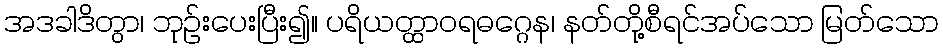
အဒခါဒိတွာ၊ ဘုဉ်းပေးပြီး၍။ ပရိယတ္ထာဝရဓဂ္ဂေန၊ နတ်တို့စီရင်အပ်သော မြတ်သော